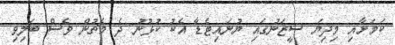
ކަމަށާއި މިދިޔަ ސީޒަނުގައި ޔުނައިޓެޑާ އެކު ކުޅުނު ދެ މެޗުން ވެސް ބަލިވި